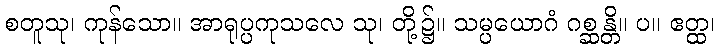
စတူသု၊ ကုန်သော။ အာရုပ္ပကုသလေ သု၊ တို့၌။ သမ္ပယောဂံ ဂစ္ဆန္တိ။ ပ။ ဧတ္ထ၊